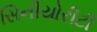
સિનીયોરીટી